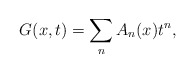
\begin{align*}G(x,t) = \sum_n A_n(x) t^n ,\end{align*}